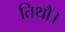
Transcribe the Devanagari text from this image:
तिथौ।